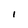
Character: I